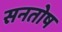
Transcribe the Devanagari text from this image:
सनतोष